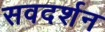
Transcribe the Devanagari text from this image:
सवदर्शन